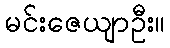
မင်းဇေယျာဦး။